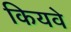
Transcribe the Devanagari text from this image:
कियवे